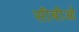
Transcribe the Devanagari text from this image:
सीबीओ